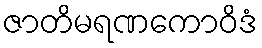
ဇာတိမရဏကောဝိဒံ